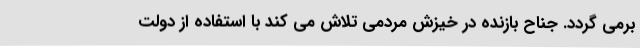
برمی گردد. جناح بازنده در خیزش مردمی تلاش می کند با استفاده از دولت